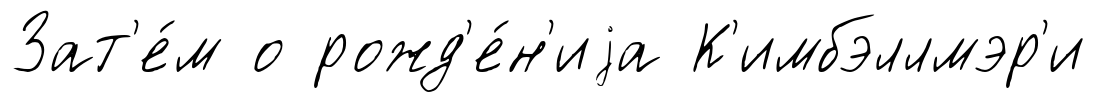
Зат'е́м о рожд'е́н'иjа К'имбэллмэр'и